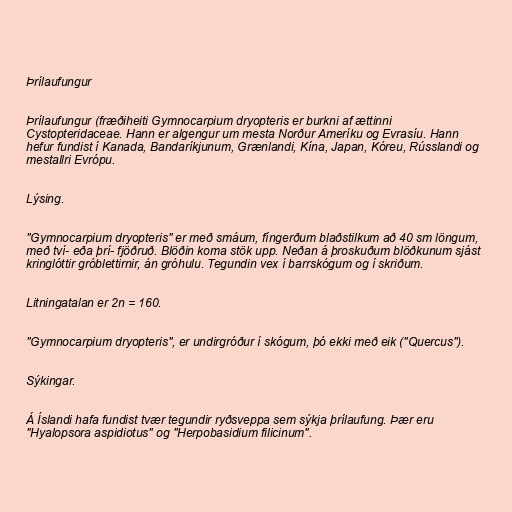
Þrílaufungur

Þrílaufungur (fræðiheiti Gymnocarpium dryopteris er burkni af ættinni
Cystopteridaceae. Hann er algengur um mesta Norður Ameríku og Evrasíu. Hann
hefur fundist í Kanada, Bandaríkjunum, Grænlandi, Kína, Japan, Kóreu, Rússlandi og
mestallri Evrópu.

Lýsing.

"Gymnocarpium dryopteris" er með smáum, fíngerðum blaðstilkum að 40 sm löngum,
með tví- eða þrí- fjöðruð. Blöðin koma stök upp. Neðan á þroskuðum blöðkunum sjást
kringlóttir gróblettirnir, án gróhulu. Tegundin vex í barrskógum og í skriðum.

Litningatalan er 2n = 160.

"Gymnocarpium dryopteris", er undirgróður í skógum, þó ekki með eik ("Quercus").

Sýkingar.

Á Íslandi hafa fundist tvær tegundir ryðsveppa sem sýkja þrílaufung. Þær eru
"Hyalopsora aspidiotus" og "Herpobasidium filicinum".